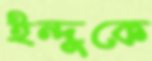
ইন্দুকে